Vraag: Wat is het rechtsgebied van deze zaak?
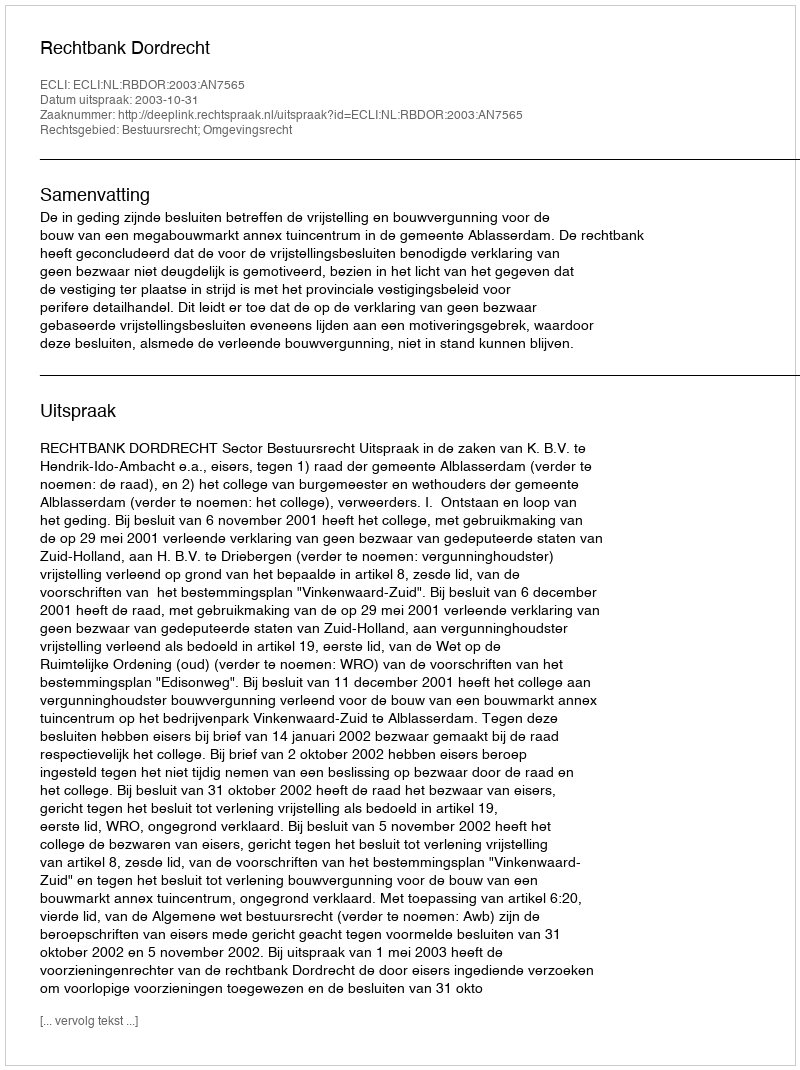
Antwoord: Bestuursrecht; Omgevingsrecht